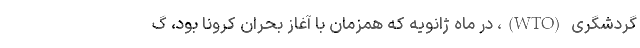
گردشگری (WTO)، در ماه ژانویه که همزمان با آغاز بحران کرونا بود، گ